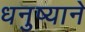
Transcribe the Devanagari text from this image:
धनुष्याने